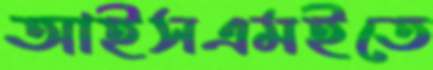
আইসএমইতে